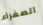
الصفراء